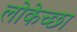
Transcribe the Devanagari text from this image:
लोकेच्छा